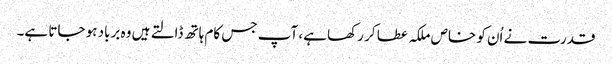
قدرت نے اُن کو خاص ملکہ عطا کر رکھا ہے، آپ جس کام ہاتھ ڈالتے ہیں وہ برباد ہو جاتا ہے۔